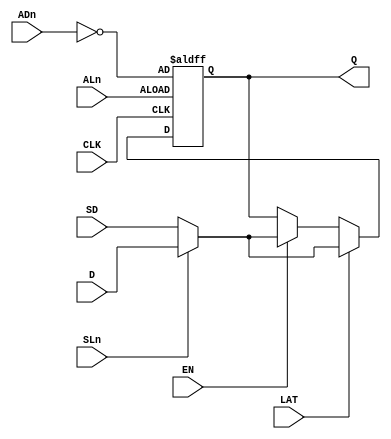
module Sequential_Logic_Element(D, CLK, EN, ALn, ADn, SLn, SD, LAT, Q);
	
	input  D, CLK, EN, ALn, ADn, SLn, SD, LAT;
	output reg Q;

	always @(posedge CLK or negedge ALn) begin
		if(~ALn)
			Q <= !ADn;
		else if(LAT) 
			if(SLn) 
				Q <= D;
			else 
				Q <= SD;
		else begin
			if(EN) begin
				if(SLn) 
					Q <= D;
				else 
					Q <= SD;
			end
		end

	end

endmodule